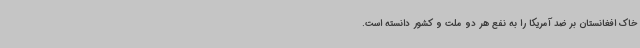
خاک افغانستان بر ضد آمریکا را به نفع هر دو ملت و کشور دانسته ‌است.